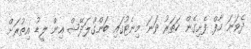
ދެވަނަ ހާފް ފެށިގެން ހަތަރު ވަނަ މިނެޓުގައި ބަންގްލަދޭޝް އިން ލީޑު އިތުރަށް